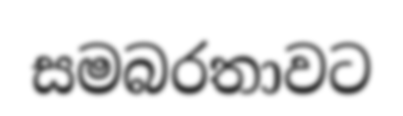
සමබරතාවට